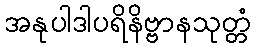
အနုပါဒါပရိနိဗ္ဗာနသုတ္တံ